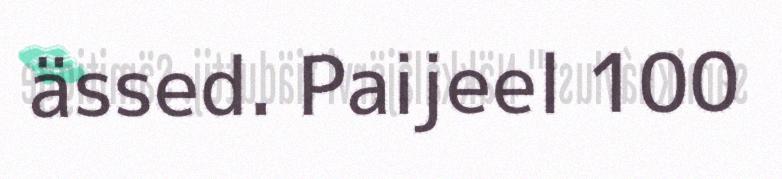
ässed. Paijeel 100